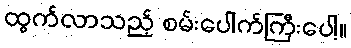
ထွက်လာသည့် စမ်းပေါက်ကြီးပေါ့။